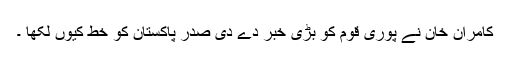
کامران خان نے پوری قوم کو بڑی خبر دے دی صدر پاکستان کو خط کیوں لکھا ۔